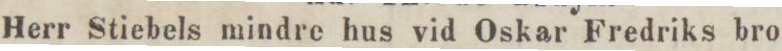
Herr Stiebels mindre hus vid Oskar Fredriks bro.